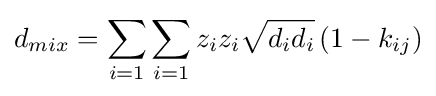
d_{mix}=\sum _{i=1}\sum _{i=1}z_{i}z_{i}{\sqrt {d_{i}d_{i}}}\left(1-k_{ij}\right)